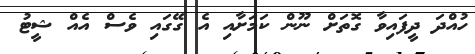
ހުއްދަ ދީފައިވާ ގޮތަށް ނޫން ކަމަށާއި އެ ގޭގައި ވެސް އެއް ޝީޓު